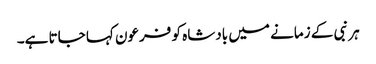
ہر نبی کے زمانے میں بادشاہ کو فرعون کہا جاتا ہے۔